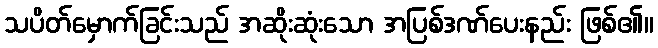
သပိတ်မှောက်ခြင်းသည် အဆိုးဆုံးသော အပြစ်ဒဏ်ပေးနည်း ဖြစ်၏။